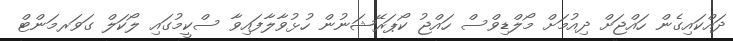
ދައްކައިގެން ހައްޖަށް ދިއުމަށް މޯލްޑިވްސް ހައްޖު ކޯޕަރޭޝަނުން ހުޅުވާލާފައިވާ ސްކީމުގައި ލޯކަލް ގަވަރމަންޓް